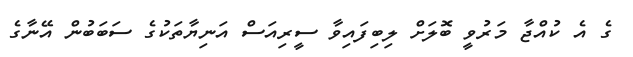
ގެ އެ ކުއްޖާ މަރުވީ ބޮލަށް ލިބިފައިވާ ސީރިއަސް އަނިޔާތަކުގެ ސަބަބުން އޭނާގެ